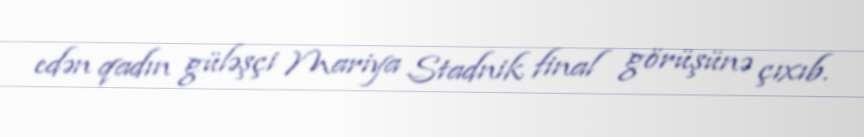
edən qadın güləşçi Mariya Stadnik final görüşünə çıxıb.